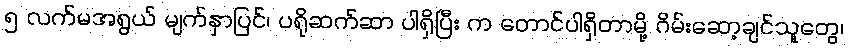
၅ လက်မအရွယ် မျက်နှာပြင်၊ ပရိုဆက်ဆာ ပါရှိပြီး က တောင်ပါရှိတာမို့ ဂိမ်းဆော့ချင်သူတွေ၊